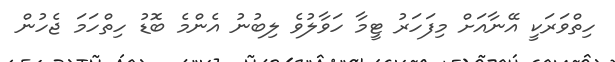
ހިތްވަރަކީ އޭނާއަށް މިފަހަރު ޓީމާ ހަވާލުވެ ލިބުނު އެންމެ ބޮޑު ހިތްހަމަ ޖެހުން